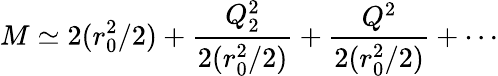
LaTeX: M\simeq 2(r_{0}^{2}/2)+\frac{Q_{2}^{2}}{2(r_{0}^{2}/2)}+\frac{Q^{2}}{2(r_{0}^{2}/2)}+\cdots